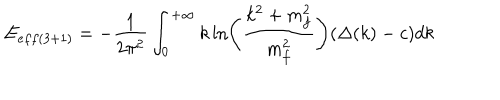
E _ { e f f ( 3 + 1 ) } = - \frac { 1 } { 2 \pi ^ { 2 } } \int _ { 0 } ^ { + \infty } k \ln \left( \frac { k ^ { 2 } + m _ { f } ^ { 2 } } { m _ { f } ^ { 2 } } \right) ( \Delta ( k ) - c ) d k